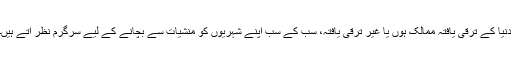
دنیا کے ترقی یافتہ ممالک ہوں یا غیر ترقی یافتہ، سب کے سب اپنے شہریوں کو منشیات سے بچانے کے لیے سرگرم نظر آتے ہیں۔